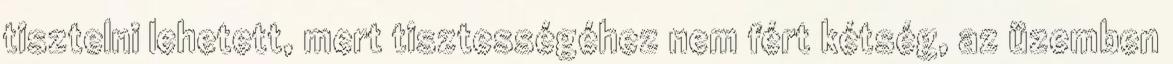
tisztelni lehetett, mert tisztességéhez nem fért kétség, az üzemben